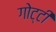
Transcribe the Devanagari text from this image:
गोट्टी